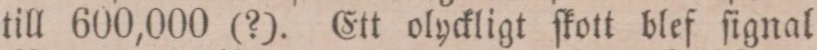
till 600,000 (?). Ett olyckligt ſkott blef ſignal